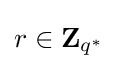
r\in {\boldsymbol {\mathrm {Z} }}_{q^{*}}